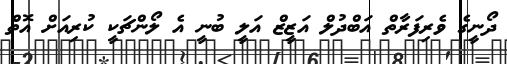
ދޯނީގެ ވެރިފަރާތް އަބްދުލް އަޒީޒް އަލީ ބުނީ އެ ލޯންޗަކީ ކުރިއަށް އޮތް